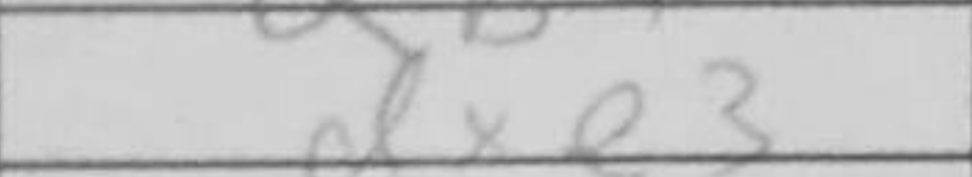
Transcription: dxe3